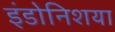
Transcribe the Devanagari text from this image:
इंडोनिशया